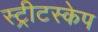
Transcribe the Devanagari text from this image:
स्ट्रीटस्केप